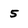
Character: 5